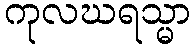
ကုလဃရသ္မာ